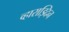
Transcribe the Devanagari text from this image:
व्हाराझ्दिन